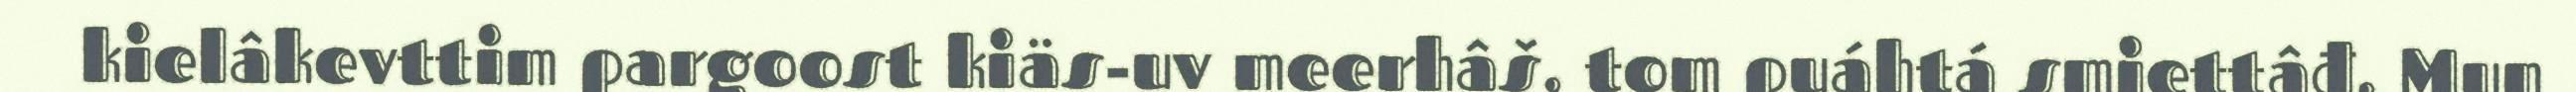
kielâkevttim pargoost kiäs-uv meerhâš, tom puáhtá smiettâđ. Mun